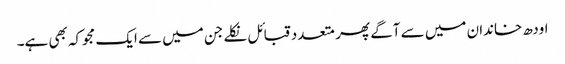
اودھ خاندان میں سے آگے پھر متعدد قبائل نکلے جن میں سے ایک مجوکہ بھی ہے۔